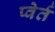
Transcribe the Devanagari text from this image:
प्वेर्त